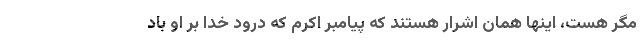
مگر هست، اینها همان اشرار هستند که پیامبر اکرم که درود خدا بر او باد